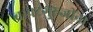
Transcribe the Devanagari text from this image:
बापटगुरुजींना